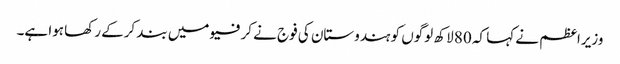
وزیراعظم نے کہا کہ 80 لاکھ لوگوں کو ہندوستان کی فوج نے کرفیو میں بند کرکے رکھا ہوا ہے۔